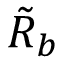
\tilde { R } _ { b }